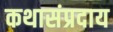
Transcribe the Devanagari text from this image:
कथासंप्रदाय